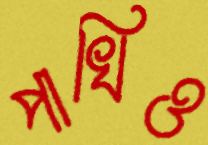
পাখিও